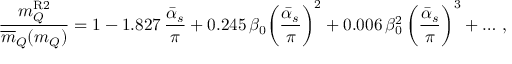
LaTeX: { \frac { m _ { Q } ^ { \mathrm { R 2 } } } { \overline { { { m } } } _ { Q } ( m _ { Q } ) } } = 1 - 1 . 8 2 7 \, { \frac { \bar { \alpha } _ { s } } { \pi } } + 0 . 2 4 5 \, \beta _ { 0 } \bigg ( { \frac { \bar { \alpha } _ { s } } { \pi } } \bigg ) ^ { 2 } + 0 . 0 0 6 \, \beta _ { 0 } ^ { 2 } \, \bigg ( { \frac { \bar { \alpha } _ { s } } { \pi } } \bigg ) ^ { 3 } + \dots \, ,